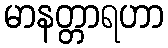
မာနတ္တာရဟာ